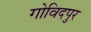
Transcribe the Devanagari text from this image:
गोविदपुर